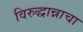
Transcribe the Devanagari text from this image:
विरुद्धान्नाचा